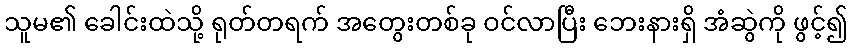
သူမ၏ ခေါင်းထဲသို့ ရုတ်တရက် အတွေးတစ်ခု ဝင်လာပြီး ဘေးနားရှိ အံဆွဲကို ဖွင့်၍